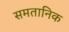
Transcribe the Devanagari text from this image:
समतानिक